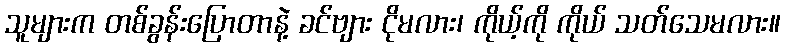
သူများက တစ်ခွန်းပြောတာနဲ့ ခင်ဗျား ငိုမလား၊ ကိုယ့်ကို ကိုယ် သတ်သေမလား။